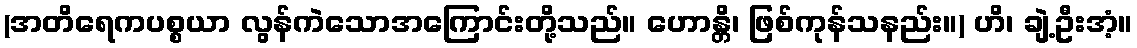
(အတိရေကပစ္စယာ လွန်ကဲသောအကြောင်းတို့သည်။ ဟောန္တိ၊ ဖြစ်ကုန်သနည်း။) ဟိ၊ ချဲ့ဦးအံ့။